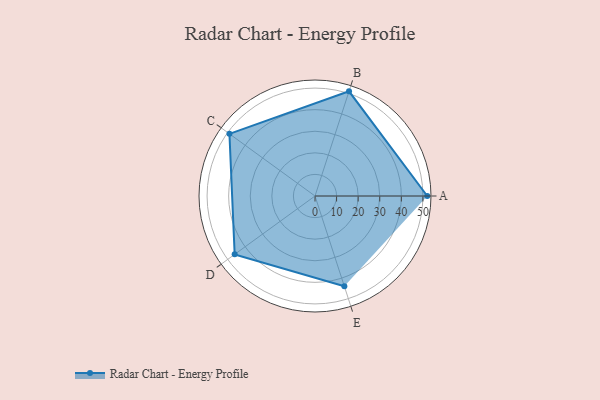
{"axis": {"x": "Skill", "y": "Score"}, "legend": ["Profile"], "data": [{"x": "A", "y": 52.0, "type": "Profile"}, {"x": "B", "y": 51.0, "type": "Profile"}, {"x": "C", "y": 49.0, "type": "Profile"}, {"x": "D", "y": 46.0, "type": "Profile"}, {"x": "E", "y": 44.0, "type": "Profile"}]}